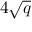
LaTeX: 4 { \sqrt { q } }